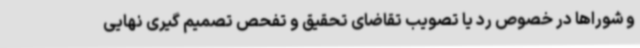
و شوراها در خصوص رد یا تصویب تقاضای تحقیق و تفحص تصمیم گیری نهایی